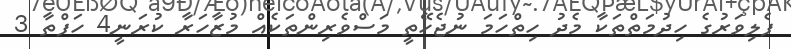
ފެލިވަރުގެ ހިދުމަތްތަކާ މެދު ހިތްހަމަ ނުޖެހޭތީ މަސްވެރިންތަކެއް މުޒާހަރާ ކުރަނީ4 ހަފްތާ 3